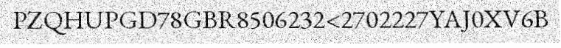
PZQHUPGD78GBR8506232<2702227YAJ0XV6B